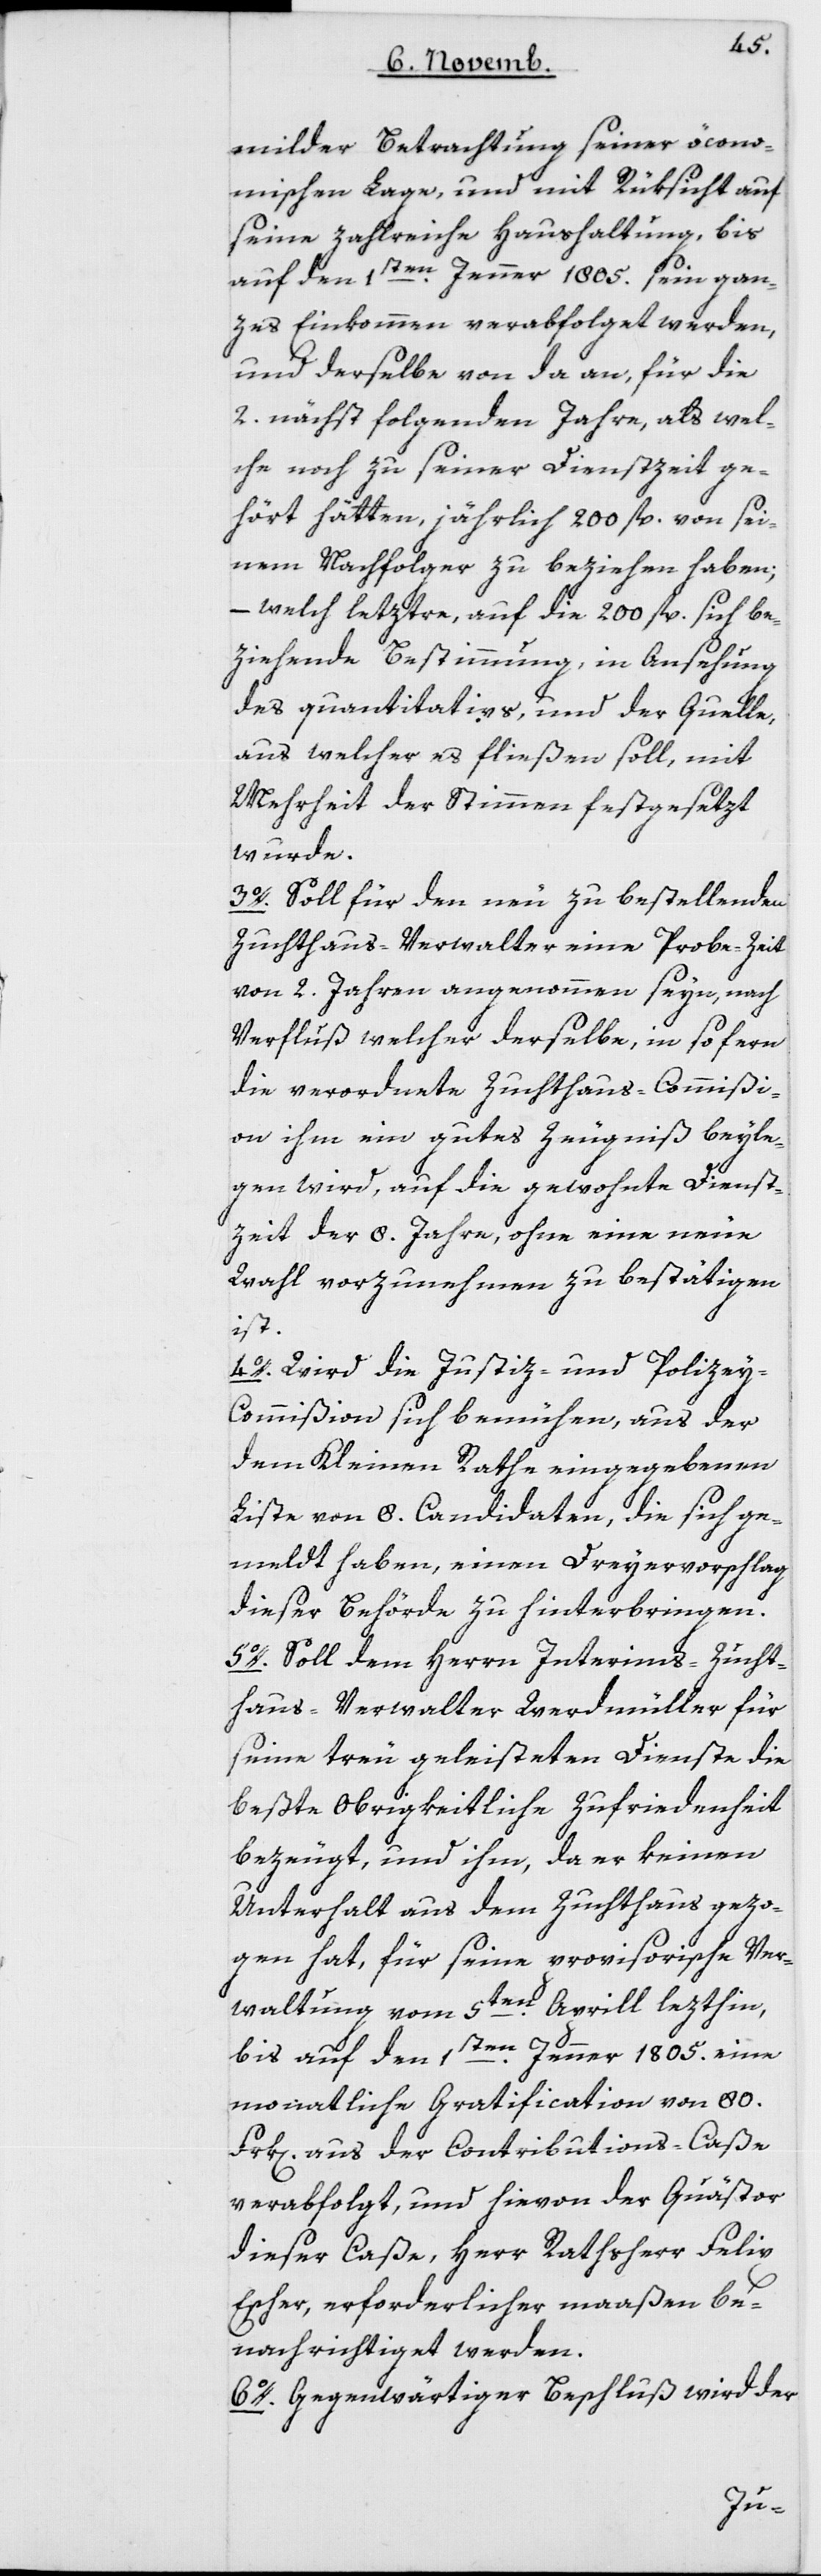
milder Betrachtung seiner öcono¬
mischen Lage und mit Rüksicht auf
seine zahlreiche Haushaltung, bis
auf den 1ten Jenner 1805 sein gan¬
zes Einkommen verabfolget werden,
und derselbe von da an, für die
2 nächstfolgenden Jahre, als wel¬
che noch zu seiner Dienstzeit ge¬
hört hätten, jährlich 200 fl. von sei¬
nem Nachfolger zu beziehen haben;
– welch letztre, auf die 200 fl. sich be¬
ziehende Bestimmung in Ansehung
des Quantitativs und der Quelle,
aus welcher es fließen soll, mit
Mehrheit der Stimmen festgesetzt
wurde.
3. Soll für den neu zu bestellenden
Zuchthaus-Verwalter eine Probe-Zeit
von 2 Jahren angenommen seyn, nach
Verfluß welcher derselbe, in so fern
die verordnete Zuchthaus-Commißi¬
on ihm ein gutes Zeugniß beyle¬
gen wird, auf die gewohnte Dienst¬
zeit der 8 Jahre, ohne eine neue
Wahl vorzunehmen zu bestätigen
ist.
4. Wird die Justiz- und Polize¬
y-Commißion sich bemühen, aus der
dem Kleinen Rathe eingegebenen
Liste von 8 Candidaten, die sich ge¬
meldt haben, einen Dreyervorschlag
dieser Behörde zu hinterbringen.
5. Soll dem Herrn Interims-Zucht¬
hausverwalter Werdmüller für
seine treu geleisteten Dienste die
beste obrigkeitliche Zufriedenheit
bezeugt, und ihm, da er keinen
Unterhalt aus dem Zuchthaus gezo¬
gen hat, für seine provisorische Ver¬
waltung vom 5ten Aprill lezthin,
bis auf den 1sten Jenner 1805 eine
monatliche Gratification von 80
Frk[en] aus der Contributions-Caße
verabfolgt, und hievon der Quästor
dieser Caße, Herr Rathsherr Felix
Escher, erforderlicher maaßen be¬
nachrichtiget werden.
6. Gegenwärtiger Beschluß wird der